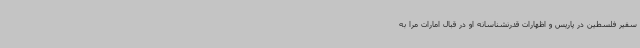
سفیر فلسطین در پاریس و اظهارات قدرنشناسانه او در قبال امارات مرا به